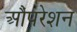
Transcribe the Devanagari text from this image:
औंपरेशन